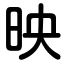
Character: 映